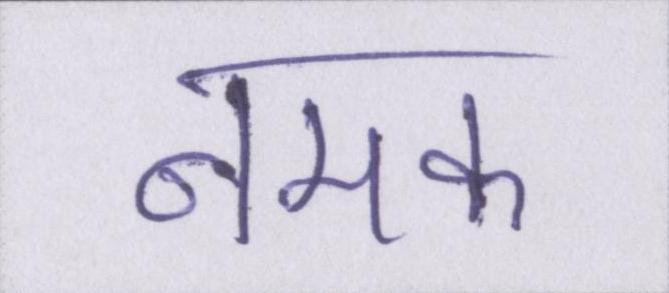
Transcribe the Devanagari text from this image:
नमक